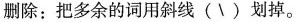
删除:把多余的词用斜线(\)划掉。